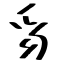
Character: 豸